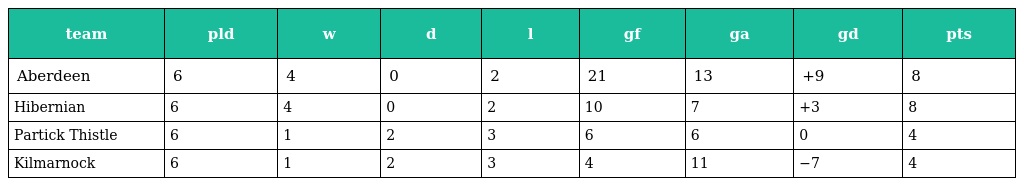
| team | pld | w | d | l | gf | ga | gd | pts |
 | --- | --- | --- | --- | --- | --- | --- | --- | --- |
 | Aberdeen | 6 | 4 | 0 | 2 | 21 | 13 | +9 | 8 |
 | Hibernian | 6 | 4 | 0 | 2 | 10 | 7 | +3 | 8 |
 | Partick Thistle | 6 | 1 | 2 | 3 | 6 | 6 | 0 | 4 |
 | Kilmarnock | 6 | 1 | 2 | 3 | 4 | 11 | −7 | 4 |